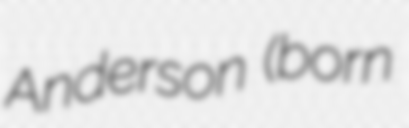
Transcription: Anderson (born